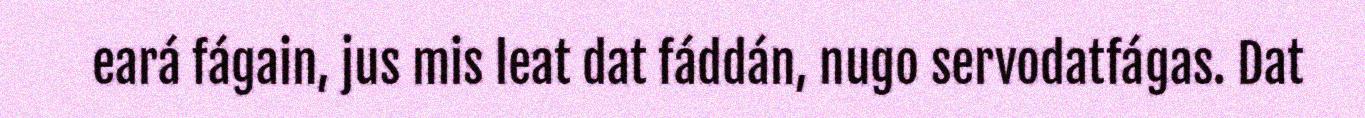
eará fágain, jus mis leat dat fáddán, nugo servodatfágas. Dat